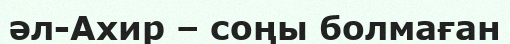
әл-Ахир – соңы болмаған